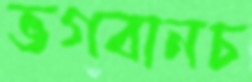
ভগবানচ